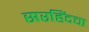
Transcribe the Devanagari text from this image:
सरहिंदचा